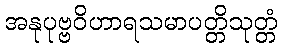
အနုပုဗ္ဗဝိဟာရသမာပတ္တိသုတ္တံ